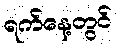
ရက်နေ့တွင်